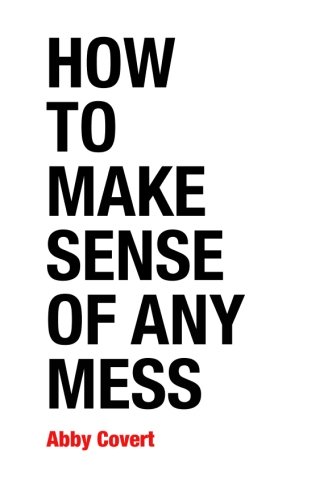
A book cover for How to Make Sense of Any Mess: Information Architecture for Everybody; Abby Covert; Computers & Technology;